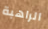
الراهبة